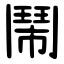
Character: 鬧